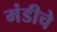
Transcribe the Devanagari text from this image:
मंडीचे